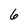
Character: 6